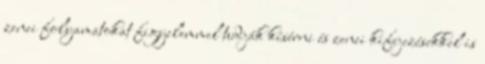
zenei folyamatokat figyelemmel tudják kísérni és zenei kifejezésekkel is